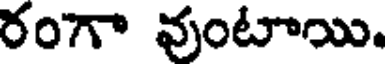
రంగా వుంటాయి.